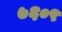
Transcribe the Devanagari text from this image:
७६०९